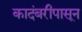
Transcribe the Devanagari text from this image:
कादंबरीपासून